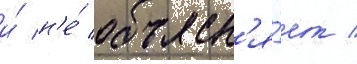
и́ н'е́ объясн'я́ет /